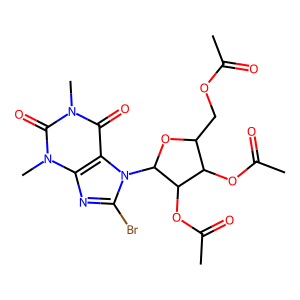
SMILES: CC(=O)OCC1OC(n2c(Br)nc3c2c(=O)n(C)c(=O)n3C)C(OC(C)=O)C1OC(C)=O
Inhibits HIV replication: No